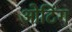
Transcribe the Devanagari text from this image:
ओटिंग